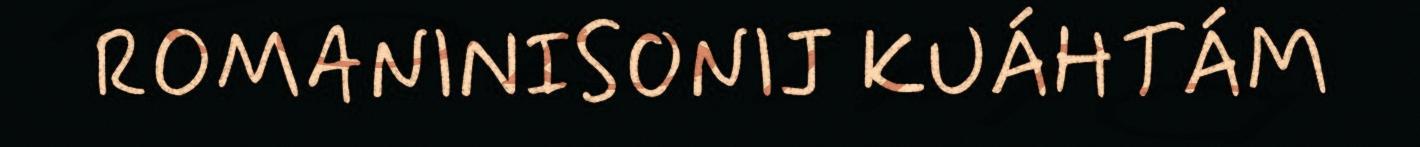
ROMANINISONIJ KUÁHTÁM